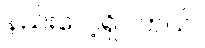
နည်းလေ့ရှိပါတယ်။